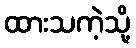
ထားသကဲ့သို့